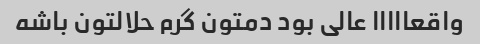
واقعااااا عالی بود دمتون گرم حلالتون باشه